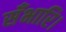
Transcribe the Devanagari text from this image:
सँभारि।